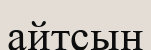
айтсын